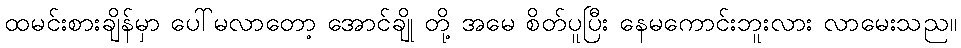
ထမင်းစားချိန်မှာ ပေါ်မလာတော့ အောင်ချို တို့ အမေ စိတ်ပူပြီး နေမကောင်းဘူးလား လာမေးသည။